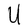
Character: U